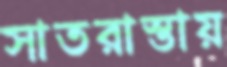
সাতরাস্তায়